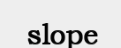
slope